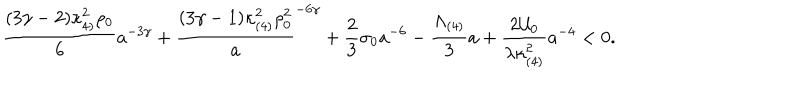
\frac { ( 3 \gamma - 2 ) \kappa _ { 4 ) } ^ { 2 } \rho _ { 0 } } { 6 } a ^ { - 3 \gamma } + \frac { ( 3 \gamma - 1 ) \kappa _ { ( 4 ) } ^ { 2 } \rho _ { 0 } ^ { 2 } } a ^ { - 6 \gamma } + \frac { 2 } { 3 } \sigma _ { 0 } a ^ { - 6 } - \frac { \Lambda _ { ( 4 ) } } { 3 } a + \frac { 2 { \cal U } _ { 0 } } { \lambda \kappa _ { ( 4 ) } ^ { 2 } } a ^ { - 4 } < 0 .